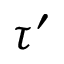
\tau ^ { \prime }